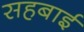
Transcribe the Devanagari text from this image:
सहबाई